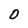
Character: 0